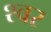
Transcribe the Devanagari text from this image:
श्वर